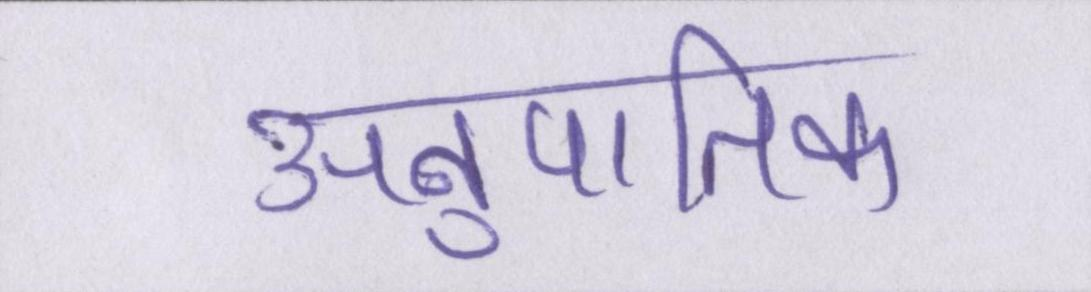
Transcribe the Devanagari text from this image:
अनुपातिक